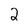
Character: 2